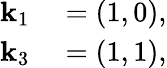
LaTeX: \begin{array}{rl}{\mathbf{k}_{1}}&{{}=\left(1,0\right),}\\ {\mathbf{k}_{3}}&{{}=\left(1,1\right),}\end{array}